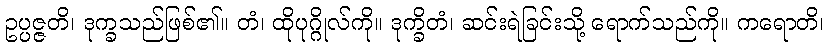
ဥပ္ပဇ္ဇတိ၊ ဒုက္ခသည်ဖြစ်၏။ တံ၊ ထိုပုဂ္ဂိုလ်ကို။ ဒုက္ခိတံ၊ ဆင်းရဲခြင်းသို့ ရောက်သည်ကို။ ကရောတိ၊